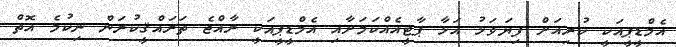
އެމްޑީޕީއަކީ ކުރިއަށް ފިޔަވަޅު އަޅާ ޕާޓީއެއްކަމަށާއި އެމްޑީޕީއަކީ ރާއްޖެ ތަރައްޤީކުރަން ނިކުމެ އޮތް